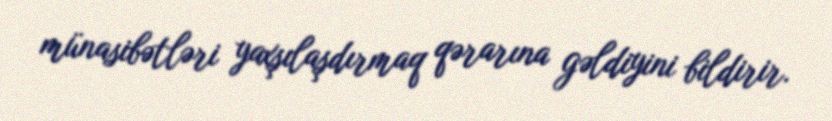
münasibətləri yaxşılaşdırmaq qərarına gəldiyini bildirir.